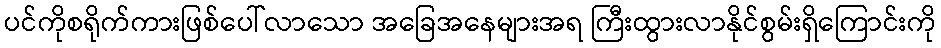
ပင်ကိုစရိုက်ကားဖြစ်ပေါ်လာသော အခြေအနေများအရ ကြီးထွားလာနိုင်စွမ်းရှိကြောင်းကို